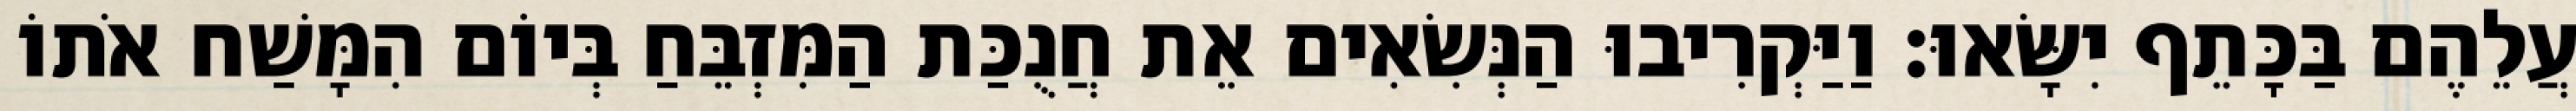
עֲלֵהֶם בַּכָּתֵף יִשָּׂאוּ׃ וַיַּקְרִיבוּ הַנְּשִׂאִים אֵת חֲנֻכַּת הַמִּזְבֵּחַ בְּיוֹם הִמָּשַׁח אֹתוֹ